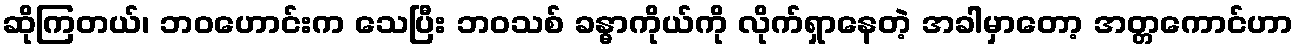
ဆိုကြတယ်၊ ဘဝဟောင်းက သေပြီး ဘဝသစ် ခန္ဓာကိုယ်ကို လိုက်ရှာနေတဲ့ အခါမှာတော့ အတ္တကောင်ဟာ